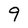
Character: 9